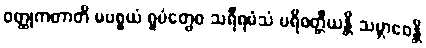
ဝတ္ထုကတာတိ မပစ္စယံ ရူပံတွေဝ သရီရမံသံ ပရိဝတ္တီယန္တိ သမ္ဘာဝေန္တိ